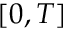
[ 0 , T ]